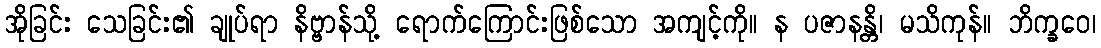
အိုခြင်း သေခြင်း၏ ချုပ်ရာ နိဗ္ဗာန်သို့ ရောက်ကြောင်းဖြစ်သော အကျင့်ကို။ န ပဇာနန္တိ၊ မသိကုန်။ ဘိက္ခဝေ၊